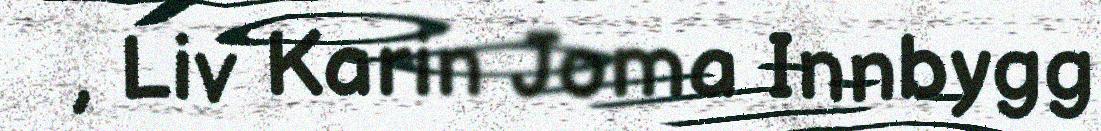
, Liv Karin Joma Innbygg